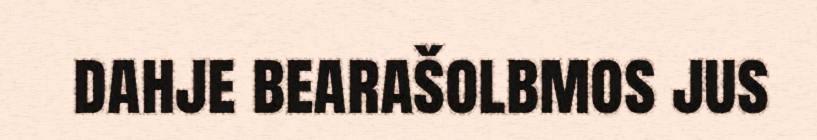
dahje bearašolbmos jus